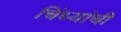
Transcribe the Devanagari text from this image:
चिंध्यांची